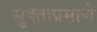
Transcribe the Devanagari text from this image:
सुक्ताप्रमाणे